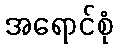
အရောင်စုံ